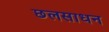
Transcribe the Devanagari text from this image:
छलसाधन